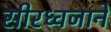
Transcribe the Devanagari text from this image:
सीरध्वजाने